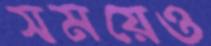
সময়েও